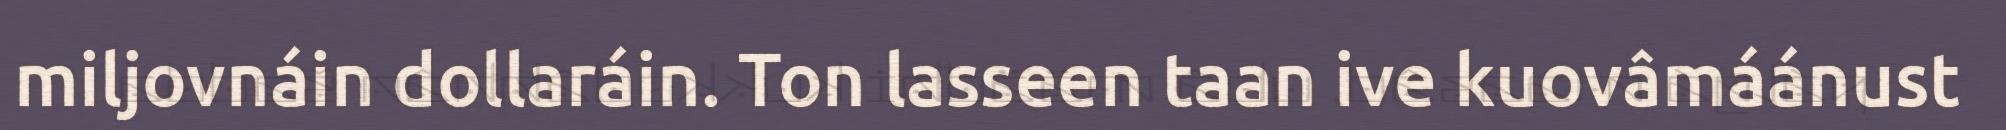
miljovnáin dollaráin. Ton lasseen taan ive kuovâmáánust